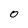
Character: O